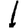
Digit: 1